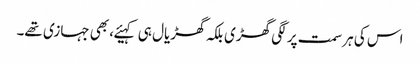
اس کی ہر سمت پر لگی گھڑی بلکہ گھڑیال ہی کہیئے، بھی جہازی تھے۔